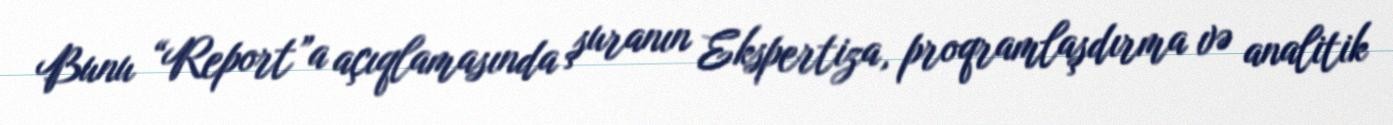
Bunu “Report”a açıqlamasında şuranın Ekspertiza, proqramlaşdırma və analitik